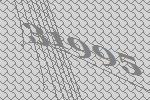
31995